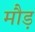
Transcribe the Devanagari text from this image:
मौड़